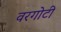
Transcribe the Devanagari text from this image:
वरगोटी